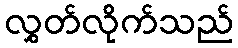
လွှတ်လိုက်သည်